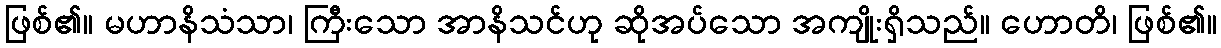
ဖြစ်၏။ မဟာနိသံသာ၊ ကြီးသော အာနိသင်ဟု ဆိုအပ်သော အကျိုးရှိသည်။ ဟောတိ၊ ဖြစ်၏။